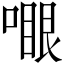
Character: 𠽗